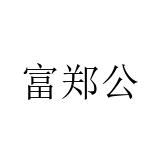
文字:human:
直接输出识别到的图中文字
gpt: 富郑公